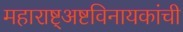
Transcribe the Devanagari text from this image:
महाराष्ट्अष्टविनायकांची